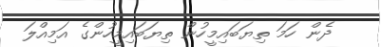
ދެން ހަމަ ތިޔަބައިމީހުން ތިޔަބައިމީހުންގެ އަމިއްލަ